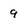
Character: 9